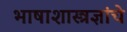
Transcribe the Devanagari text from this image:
भाषाशास्त्रज्ञांचे